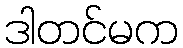
ဒါတင်မက